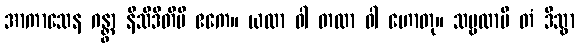
အာကာသေန ဂန္တွာ နိသီဒီတိပိ ဧကေ။ ယထာ ဝါ တထာ ဝါ ဟောတု။ သဗ္ဗထာပိ တံ ဒိသွာ